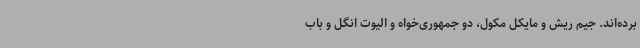
برده‌اند. جیم ریش و مایکل مکول، دو جمهوری‌خواه و الیوت انگل و باب